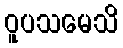
ဝူပသမေသိ